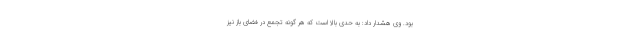
بود. وی هشدار داد: به حدی بالا است که هر گونه تجمع در فضای باز نیز